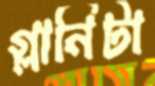
গ্লানিটা